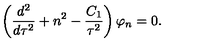
\left( { \frac { d ^ { 2 } } { d \tau ^ { 2 } } } + n ^ { 2 } - { \frac { C _ { 1 } } { \tau ^ { 2 } } } \right) \varphi _ { n } = 0 .